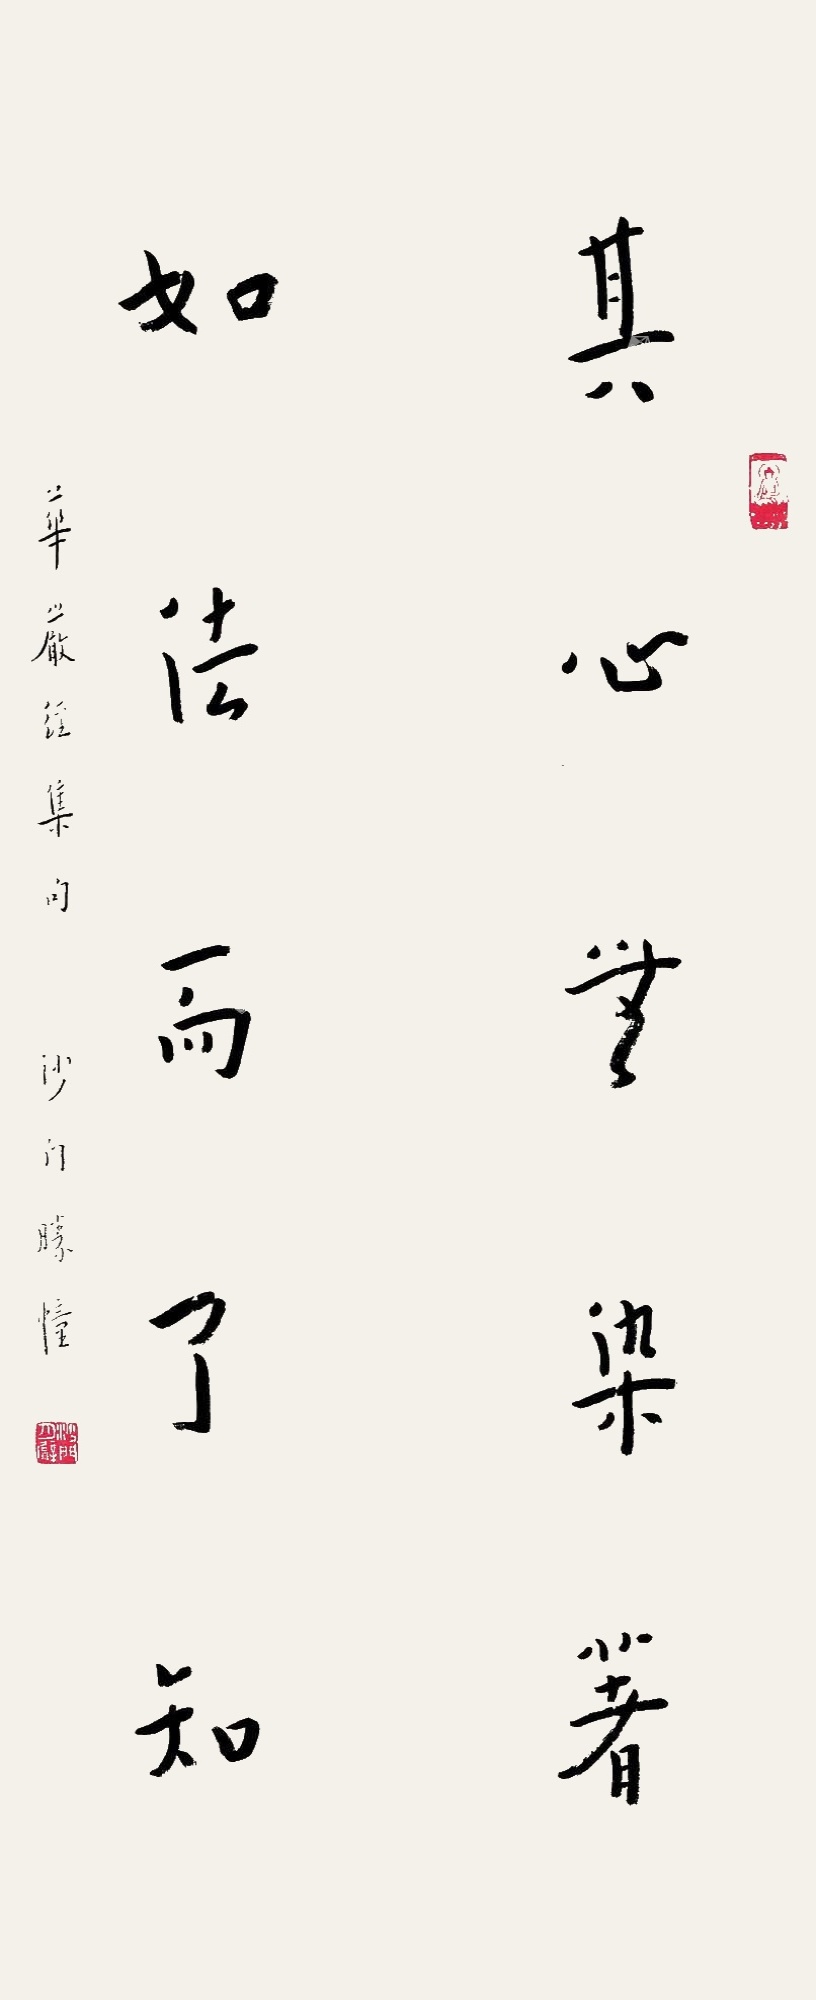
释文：其心无染著，如法而了知。华严经集句。沙门胜幢。